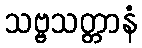
သဗ္ဗသတ္တာနံ